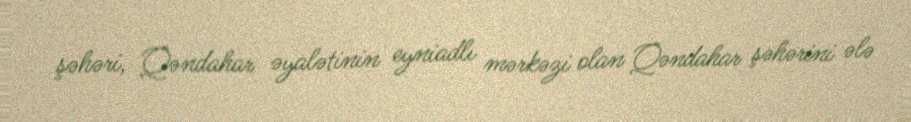
şəhəri, Qəndahar əyalətinin eyniadlı mərkəzi olan Qəndahar şəhərini ələ